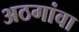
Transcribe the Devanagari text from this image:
अठगांवा